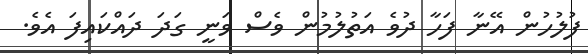
ފުލުހުން އޭނާ ފަހާ ދުވެ އަތުލުމުން ވެސް ވަނީ ގަދަ ދައްކައިފަ އެވެ.